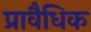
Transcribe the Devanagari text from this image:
प्रावैधिक